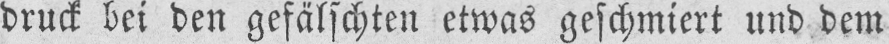
druck bei den gefälschten etwas geschmiert und dem